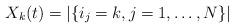
LaTeX: \begin{align*}X_k(t) = |\{i_j = k, j=1,\ldots ,N \}|\end{align*}